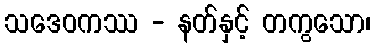
သဒေဝကဿ - နတ်နှင့် တကွသော၊